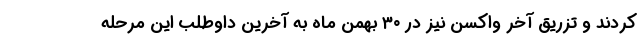
کردند و تزریق آخر واکسن نیز در ۳۰ بهمن ماه به آخرین داوطلب این مرحله